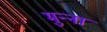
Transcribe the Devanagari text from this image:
मुन्‍ना